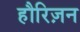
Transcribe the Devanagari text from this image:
हौरिज़न